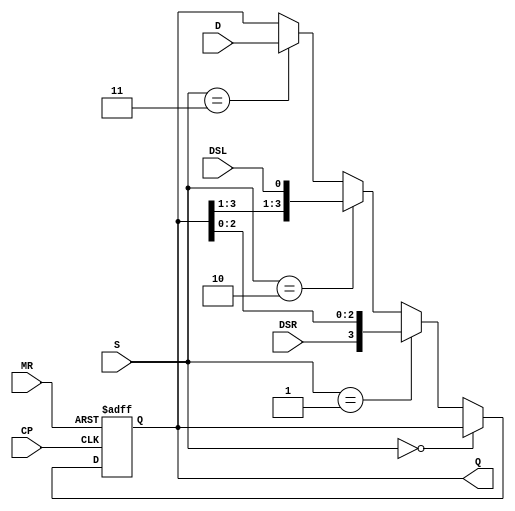
// 5932_74HC194.v
module HC194(MR,S,CP,DSR,DSL,D,Q);
input MR,CP,DSR,DSL;
input[1:0]S;input[0:3]D;
output [0:3]Q;
reg [0:3]QAUX;

always@(negedge MR or posedge CP)
 begin
  if(!MR)QAUX=0;
  else if(S==2'b00)QAUX<=QAUX;
  else if(S==2'b01)QAUX={DSR,QAUX[1:3]};
  else if(S==2'b10)QAUX={QAUX[0:2],DSL};
  else if(S==2'b11)QAUX=D;
 end
assign Q=QAUX;
endmodule